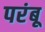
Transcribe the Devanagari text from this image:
परंबू